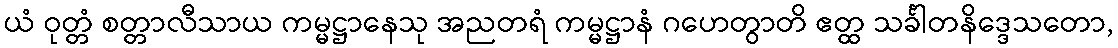
ယံ ဝုတ္တံ စတ္တာလီသာယ ကမ္မဋ္ဌာနေသု အညတရံ ကမ္မဋ္ဌာနံ ဂဟေတွာတိ ဧတ္ထ သင်္ခါတနိဒ္ဒေသတော,